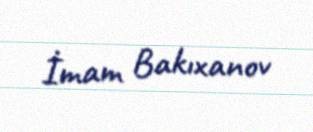
İmam Bakıxanov